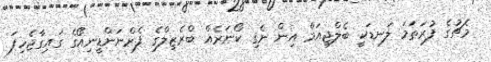
މެޗުގެ ފުރަތަމަ ލަނޑަކީ ބެލްޖިއަމް އިން ނެގި ކޯނަރެއް ބްރެޒިލްގެ ފެރްނަންޑީނިއޯގެ ގައިގާޖެހިފަ